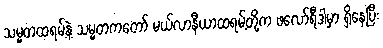
သမ္မတထရမ့်နဲ့ သမ္မတကတော် မယ်လာနီယာထရမ့်တို့က ဖလော်ရီဒါမှာ ရှိနေပြီး